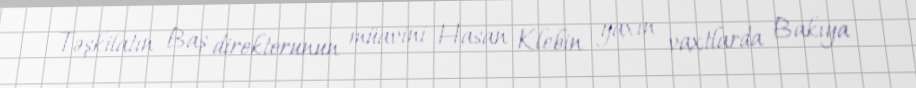
Təşkilatın Baş direktorunun müavini Hasan Klebin yaxın vaxtlarda Bakıya